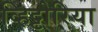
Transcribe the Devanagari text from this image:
व्हिट्टोरिया